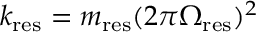
k _ { \mathrm { r e s } } = m _ { \mathrm { r e s } } ( 2 \pi \Omega _ { \mathrm { r e s } } ) ^ { 2 }